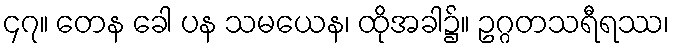
၄၇။ တေန ခေါ ပန သမယေန၊ ထိုအခါ၌။ ဥဂ္ဂတသရီရဿ၊